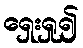
ရှေးရှု၍